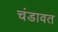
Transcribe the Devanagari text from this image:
चंडावत